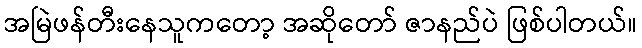
အမြဲဖန်တီးနေသူကတော့ အဆိုတော် ဇာနည်ပဲ ဖြစ်ပါတယ်။